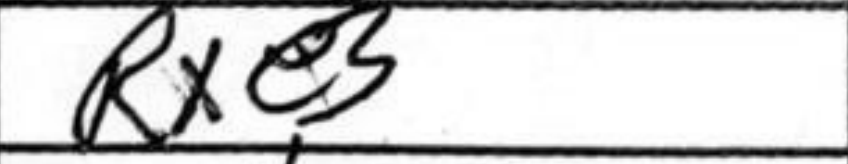
Transcription: Rxe3